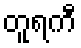
တူရကီ